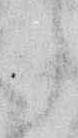
ら